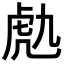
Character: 𧆟